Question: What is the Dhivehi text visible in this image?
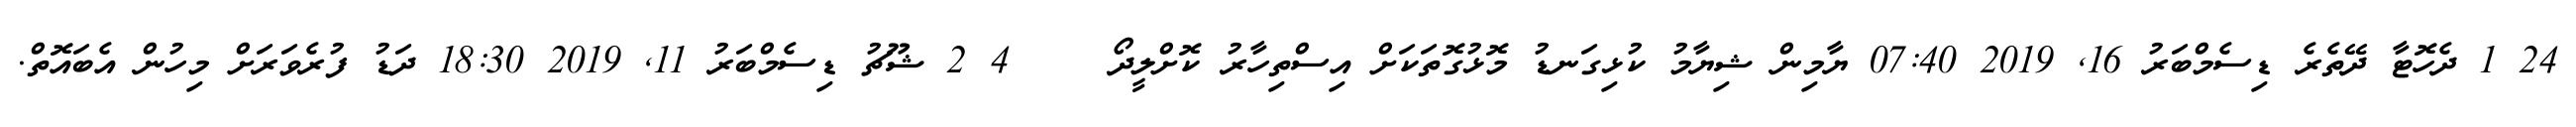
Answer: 24 1 ދެހޮޓާ ދޭތެރެ ޑިސެމްބަރު 16, 2019 07:40 ޔާމިން ޝިޔާމު ކުޅިގަނޑު މޮޅުގޮތަކަށް އިސްތިހާރު ކޮށްލީދޯ????? 4 2 ޝޫޗު ޑިސެމްބަރު 11, 2019 18:30 ދަޑު ފުރެވަރަށް މިހުން އެބައޮތް.